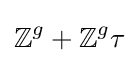
\mathbb {Z} ^{g}+\mathbb {Z} ^{g}\tau